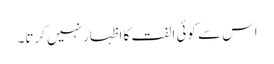
اس سے کوئی الفت کا اظہار نہیں کرتا۔